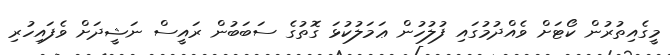
މީގެއިތުރުން ކޯޓަށް ވެއްދުމުގައި ފުލުހުން ޢަމަލުކުޅަ ގޮތުގެ ސަބަބުން ރައީސް ނަޝީދަށް ވެފައިހުރި